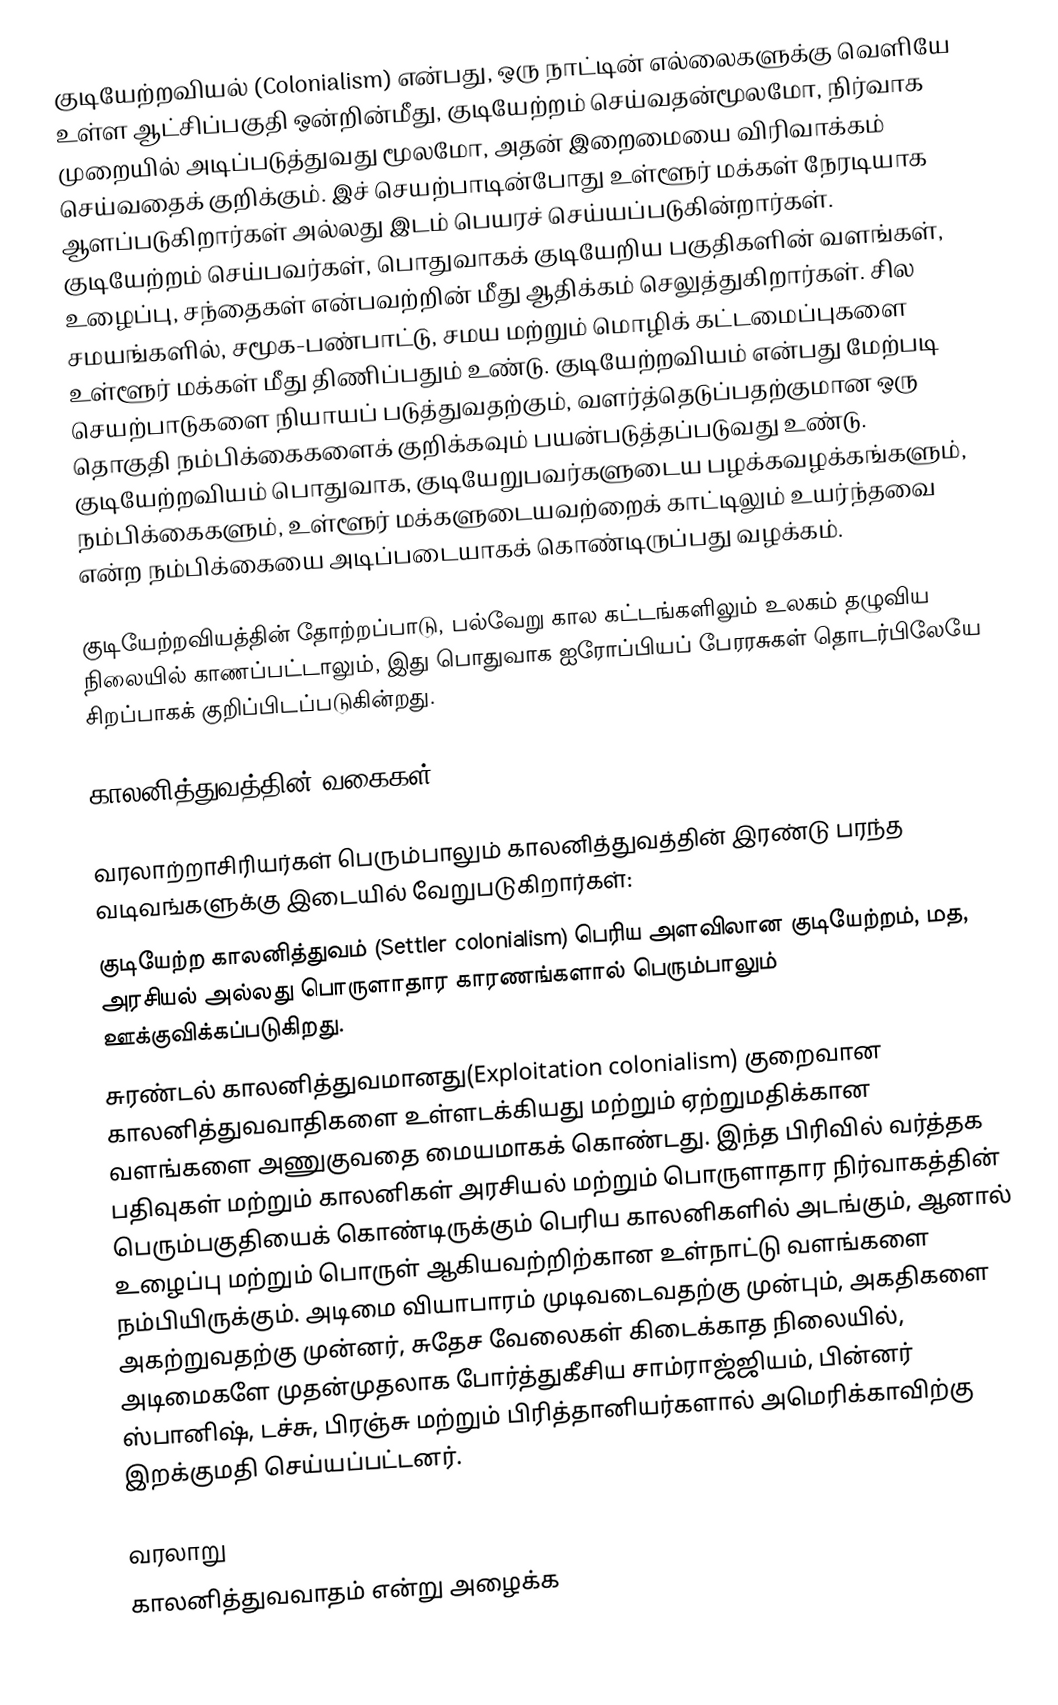
குடியேற்றவியல் (Colonialism) என்பது, ஒரு நாட்டின் எல்லைகளுக்கு வெளியே உள்ள ஆட்சிப்பகுதி ஒன்றின்மீது, குடியேற்றம் செய்வதன்மூலமோ, நிர்வாக முறையில் அடிப்படுத்துவது மூலமோ, அதன் இறைமையை விரிவாக்கம் செய்வதைக் குறிக்கும். இச் செயற்பாடின்போது உள்ளூர் மக்கள் நேரடியாக ஆளப்படுகிறார்கள் அல்லது இடம் பெயரச் செய்யப்படுகின்றார்கள். குடியேற்றம் செய்பவர்கள், பொதுவாகக் குடியேறிய பகுதிகளின் வளங்கள், உழைப்பு, சந்தைகள் என்பவற்றின் மீது ஆதிக்கம் செலுத்துகிறார்கள். சில சமயங்களில், சமூக-பண்பாட்டு, சமய மற்றும் மொழிக் கட்டமைப்புகளை உள்ளூர் மக்கள் மீது திணிப்பதும் உண்டு. குடியேற்றவியம் என்பது மேற்படி செயற்பாடுகளை நியாயப் படுத்துவதற்கும், வளர்த்தெடுப்பதற்குமான ஒரு தொகுதி நம்பிக்கைகளைக் குறிக்கவும் பயன்படுத்தப்படுவது உண்டு. குடியேற்றவியம் பொதுவாக, குடியேறுபவர்களுடைய பழக்கவழக்கங்களும், நம்பிக்கைகளும், உள்ளூர் மக்களுடையவற்றைக் காட்டிலும் உயர்ந்தவை என்ற நம்பிக்கையை அடிப்படையாகக் கொண்டிருப்பது வழக்கம்.

குடியேற்றவியத்தின் தோற்றப்பாடு, பல்வேறு கால கட்டங்களிலும் உலகம் தழுவிய நிலையில் காணப்பட்டாலும், இது பொதுவாக ஐரோப்பியப் பேரரசுகள் தொடர்பிலேயே சிறப்பாகக் குறிப்பிடப்படுகின்றது.

காலனித்துவத்தின் வகைகள்

வரலாற்றாசிரியர்கள் பெரும்பாலும் காலனித்துவத்தின் இரண்டு பரந்த வடிவங்களுக்கு இடையில் வேறுபடுகிறார்கள்:
குடியேற்ற காலனித்துவம் (Settler colonialism) பெரிய அளவிலான குடியேற்றம், மத, அரசியல் அல்லது பொருளாதார காரணங்களால் பெரும்பாலும் ஊக்குவிக்கப்படுகிறது.
சுரண்டல் காலனித்துவமானது(Exploitation colonialism) குறைவான காலனித்துவவாதிகளை உள்ளடக்கியது மற்றும் ஏற்றுமதிக்கான வளங்களை அணுகுவதை மையமாகக் கொண்டது. இந்த பிரிவில் வர்த்தக பதிவுகள் மற்றும் காலனிகள் அரசியல் மற்றும் பொருளாதார நிர்வாகத்தின் பெரும்பகுதியைக் கொண்டிருக்கும் பெரிய காலனிகளில் அடங்கும், ஆனால் உழைப்பு மற்றும் பொருள் ஆகியவற்றிற்கான உள்நாட்டு வளங்களை நம்பியிருக்கும். அடிமை வியாபாரம் முடிவடைவதற்கு முன்பும், அகதிகளை அகற்றுவதற்கு முன்னர், சுதேச வேலைகள் கிடைக்காத நிலையில், அடிமைகளே முதன்முதலாக போர்த்துகீசிய சாம்ராஜ்ஜியம், பின்னர் ஸ்பானிஷ், டச்சு, பிரஞ்சு மற்றும் பிரித்தானியர்களால் அமெரிக்காவிற்கு இறக்குமதி செய்யப்பட்டனர்.

வரலாறு
காலனித்துவவாதம் என்று அழைக்க